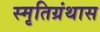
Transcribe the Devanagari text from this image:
स्मृतिग्रंथास